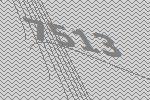
7513